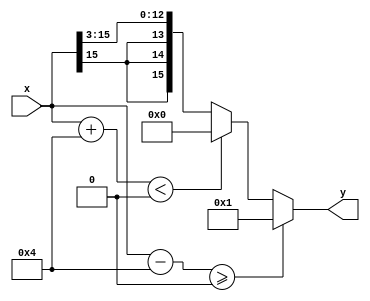
module sigmoid(x, y);
    input signed [15:0] x;
    output signed [15:0] y;
  
  // HINT: >> is not the same as >>>. you want a signed shift.
    assign y = ($signed(x) - $signed(16'd4) >= $signed(16'd0)) ? 16'd1 : 
                ($signed(x) + $signed(16'd4) < $signed(16'd0)) ? 16'd0 : 
                    {x[15], x[15], x[15], x[15:3]};
  
endmodule